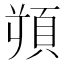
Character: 𩒋